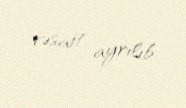
vəsait ayrılıb.